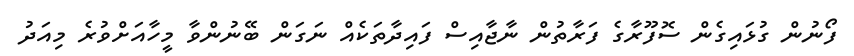
ފޯނުން ގުޅައިގެން ސޮފޫރާގެ ފަރާތުން ނާޖާއިސް ފައިދާތަކެއް ނަގަން ބޭނުންވާ މީހާއަށްވުރެ މިއަދު